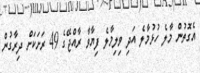
އެގޮތުން މާލެ ހުޅުމާލެ އަދި ވިލިމާލެ ފިޔާވާ ރާއްޖޭގެ 49 ރަށަކަށް ދިރާގުން